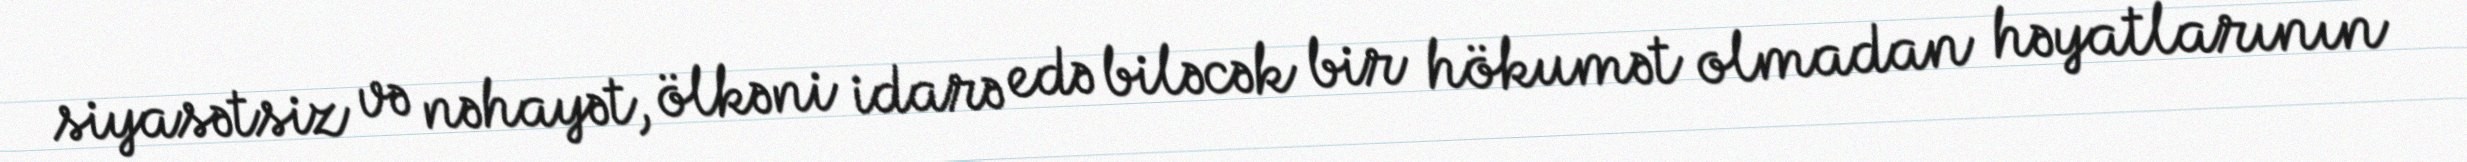
siyasətsiz və nəhayət, ölkəni idarə edə biləcək bir hökumət olmadan həyatlarının